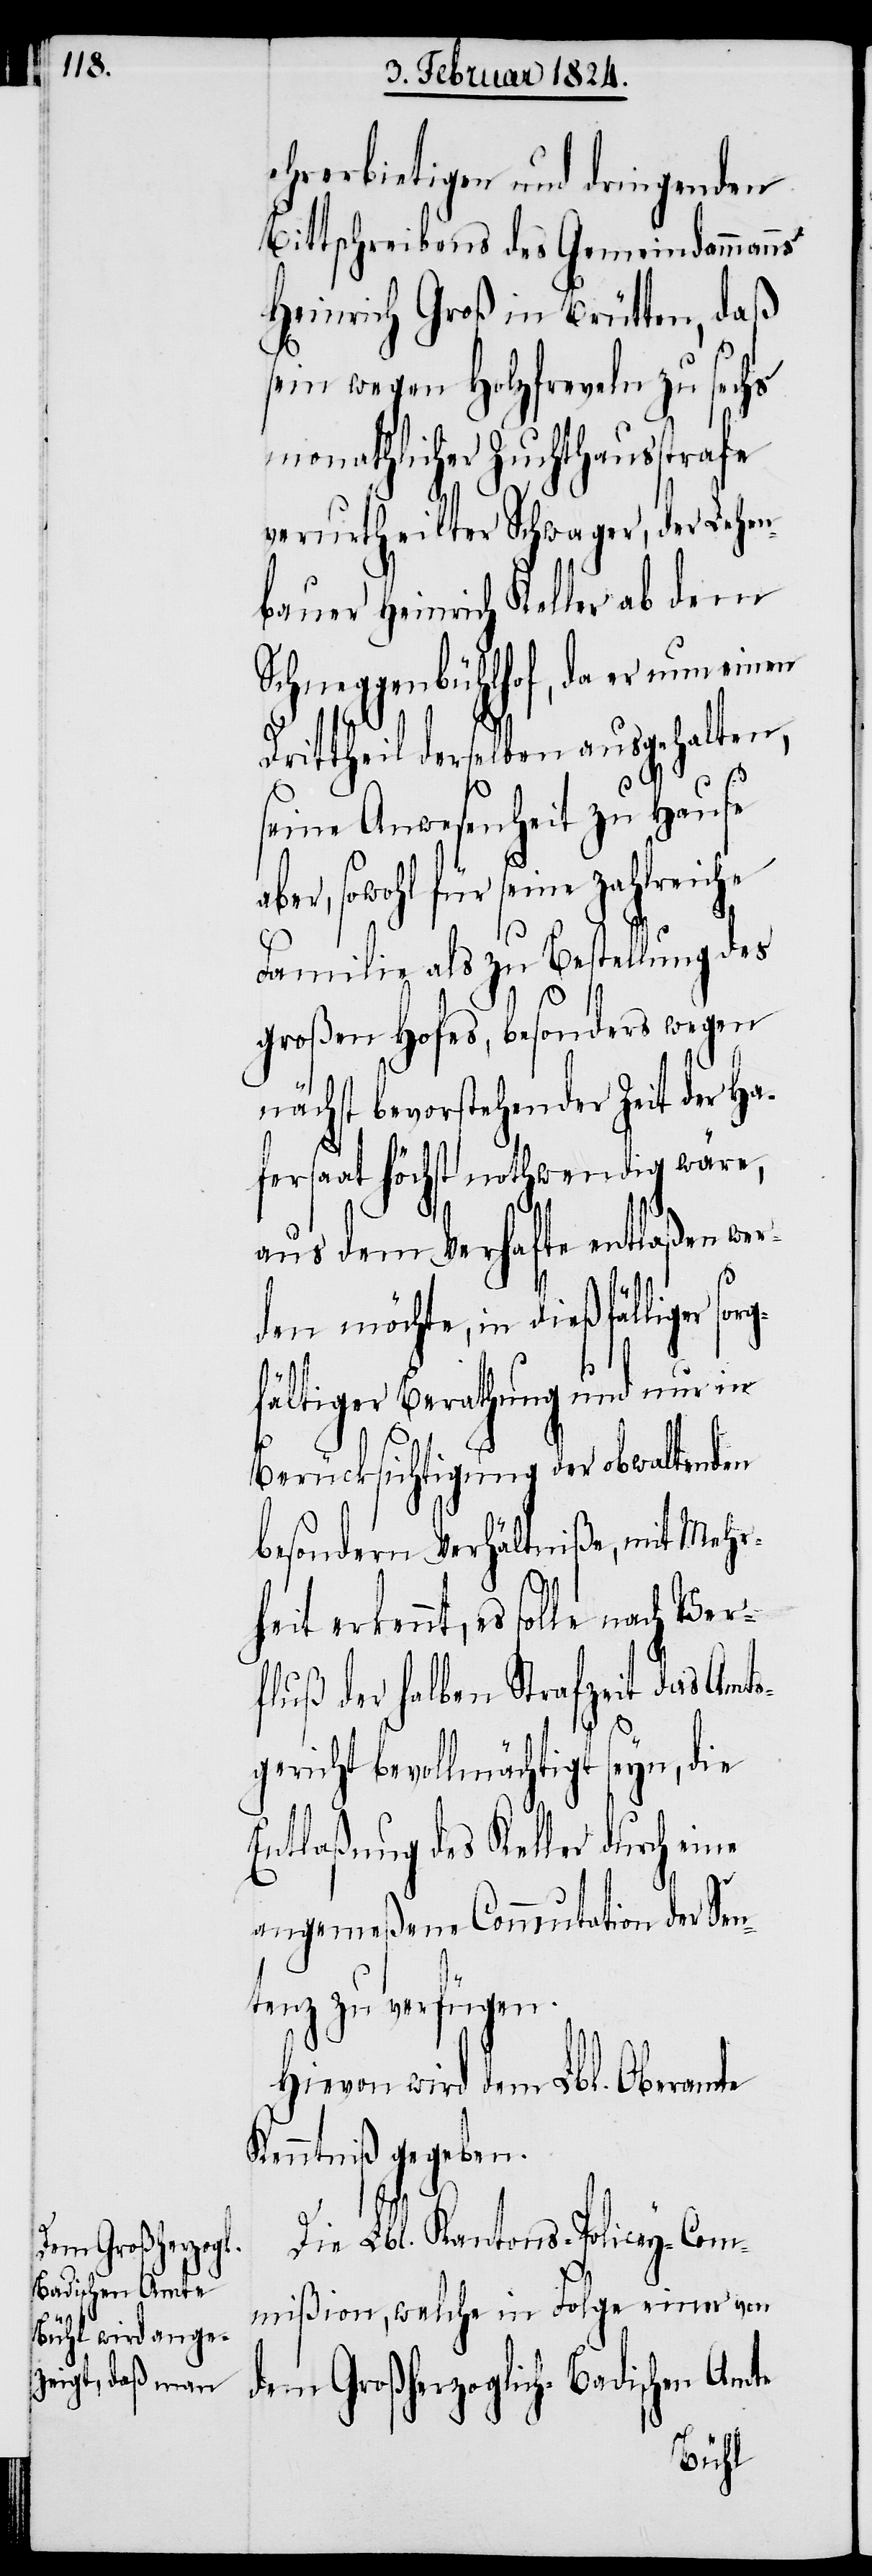
ehrerbietigen und dringenden
Bittschreibens des Gemeindammans
Heinrich Groß in Brütten, daß
sein wegen Holzfreveln zu sechs
monathlicher Zuchthausstrafe
verurtheilter Schwager, der Lehen¬
bauer Heinrich Keller ab dem
Schneggenbühlhof, da er nun einen
Drittheil derselben ausgehalten,
seine Anwesenheit zu Hause
ber, sowohl für seine zahlreiche
Familie als zu Bestellung des
großen Hofes, besonders wegen
nächst bevorstehender Zeit der Ha¬
fersaat höchst nothwendig wäre,
aus dem Verhafte entlaßen we¬
rden möchte, in dießfälliger so¬
r¬
gfältiger Berathung und nur in
Berücksichtigung der obwaltenden
besondern Verhältniße, mit Mehr¬
erkennt, es solle nach Ver¬
fluß der halben Strafzeit das Amtsg¬
ericht bevollmächtigt seyn, die
Entlaßung des Keller durch eine
angemeßene Commutation der Sen¬
tenz zu verfügen.
Hievon wird dem Lbl. Oberamte
Kenntniß gegeben.
Die Lbl. Kantons-Policey-Com¬
mißion, welche in Folge einer von
dem Großherzoglich-Badischen Amte
heit